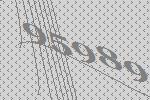
95989